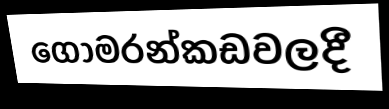
ගෝමරන්කඩවලදී